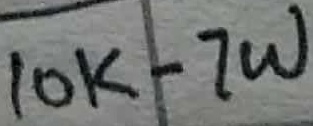
Text: 10K-7W